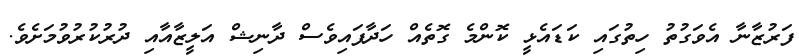
ފަރުޒާނާ އެވަގުތު ހިތުގައި ކަޑައެޅީ ކޮންމެ ގޮތެއް ހަދާފައިވެސް ދާނިޝް އަލީޒާއާއި ދުރުކުރުވުމަށެވެ.